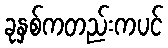
ခုနှစ်ကတည်းကပင်